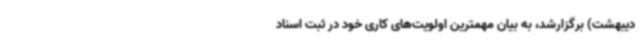
دیبهشت) برگزارشد، به بیان مهمترین اولویت‌های کاری خود در ثبت اسناد